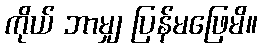
ကိုယ် ဘာမျှ ပြန်မဖြေမိ။